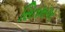
સિતમગર